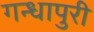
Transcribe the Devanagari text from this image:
गन्धापुरी